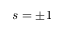
s = \pm 1